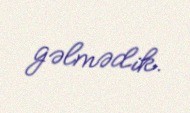
gəlmədik.